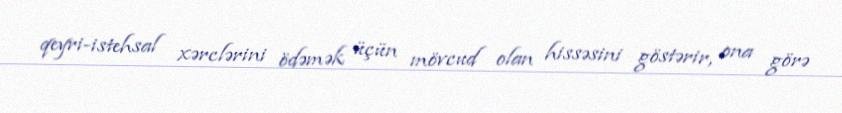
qeyri-istehsal xərclərini ödəmək üçün mövcud olan hissəsini göstərir, ona görə